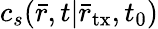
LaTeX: c_{s}(\bar{r},t|{{\bar{r}}_{\mathrm{tx}}},{t_{0}})